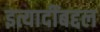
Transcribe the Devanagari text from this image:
इत्यादींबद्दल